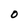
Character: O